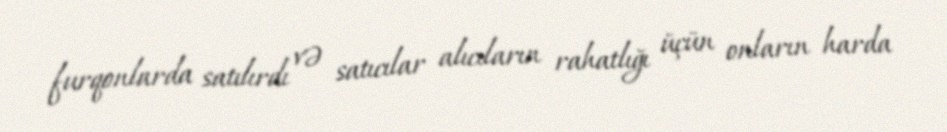
furqonlarda satılırdı və satıcılar alıcıların rahatlığı üçün onların harda